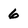
Character: 6